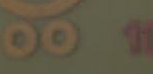
DOC